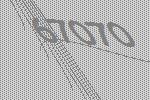
67070